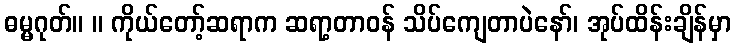
ဓမ္မဂုတ်။ ။ ကိုယ်တော့်ဆရာက ဆရာ့တာဝန် သိပ်ကျေတာပဲနော်၊ အုပ်ထိန်းချိန်မှာ